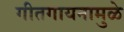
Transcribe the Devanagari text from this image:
गीतगायनामुळे